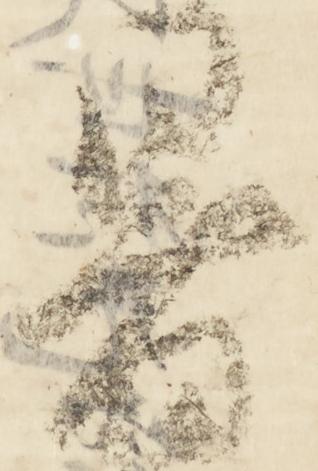
暑